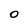
Character: 0